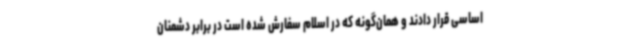
اساسی قرار دادند و همان‌گونه که در اسلام سفارش شده است در برابر دشمنان